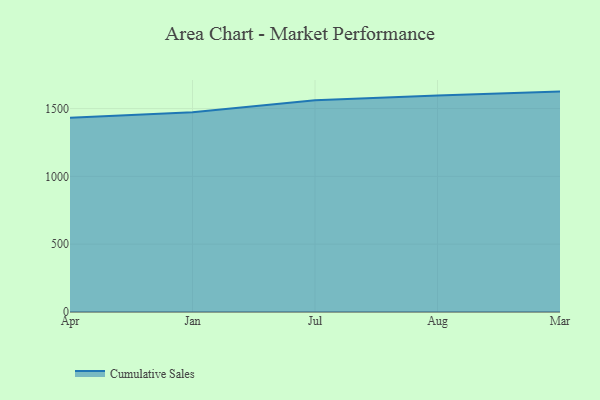
{"axis": {"x": "Month", "y": "Production Output"}, "legend": ["Cumulative Sales"], "data": [{"x": "Apr", "y": 1432.2, "type": "Cumulative Sales"}, {"x": "Jan", "y": 1472.6, "type": "Cumulative Sales"}, {"x": "Jul", "y": 1561.6, "type": "Cumulative Sales"}, {"x": "Aug", "y": 1596.3, "type": "Cumulative Sales"}, {"x": "Mar", "y": 1625.1, "type": "Cumulative Sales"}]}